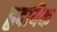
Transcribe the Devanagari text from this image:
हृदयिक